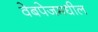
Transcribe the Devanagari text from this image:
वेबपेजमधील